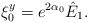
LaTeX: \begin{align*}\xi_0^y = e^{2 \alpha_0} \hat{E}_1. \end{align*}